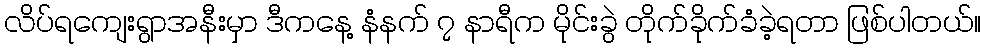
လိပ်ရကျေးရွာအနီးမှာ ဒီကနေ့ နံနက် ၇ နာရီက မိုင်းခွဲ တိုက်ခိုက်ခံခဲ့ရတာ ဖြစ်ပါတယ်။